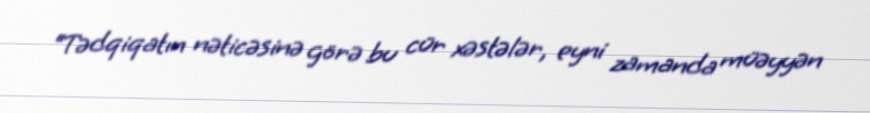
“Tədqiqatın nəticəsinə görə bu cür xəstələr, eyni zamanda müəyyən